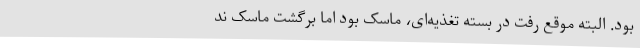
بود. البته موقع رفت در بسته‌ تغذیه‌ای، ماسک بود اما برگشت ماسک ند